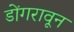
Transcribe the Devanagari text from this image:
डोंगरावून